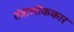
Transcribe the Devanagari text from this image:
तंत्रालोककार